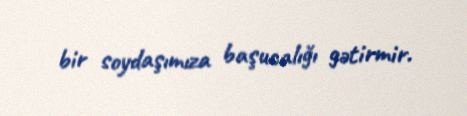
bir soydaşımıza başucalığı gətirmir.